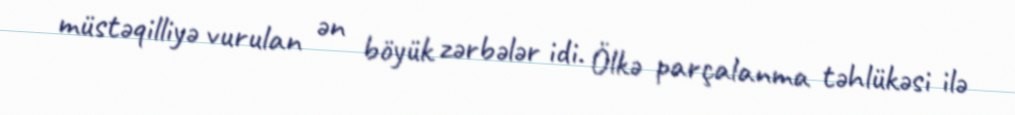
müstəqilliyə vurulan ən böyük zərbələr idi. Ölkə parçalanma təhlükəsi ilə